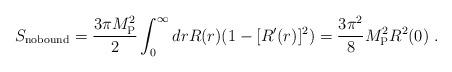
LaTeX: \begin{align*}S_{\rm no bound} = {3\pi M_{\rm P}^2\over 2} \int_0^\infty dr R(r) (1-[R'(r)]^2 )= {3\pi^2\over 8} M_{\rm P}^2 R^2 (0) \ .\end{align*}